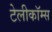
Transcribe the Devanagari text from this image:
टेलीकॉम्स